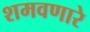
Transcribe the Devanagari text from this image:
शमवणारे